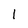
Character: 1